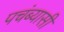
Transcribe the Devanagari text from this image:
पचंब्यासी